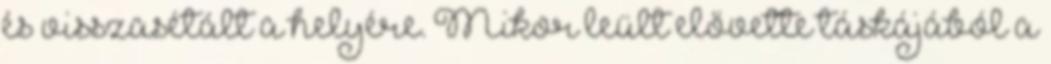
és visszasétált a helyére. Mikor leült elővette táskájából a